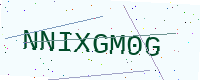
Text: NNIXGM0G